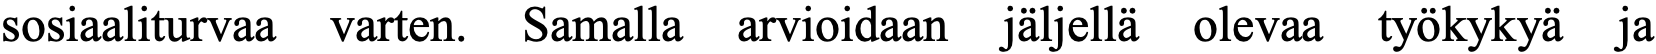
sosiaaliturvaa varten. Samalla arvioidaan jäljellä olevaa työkykyä ja